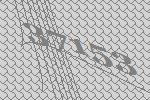
37153